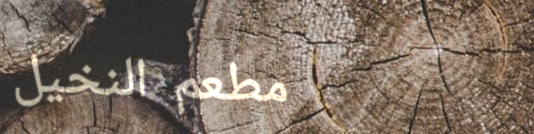
مطعم النخيل